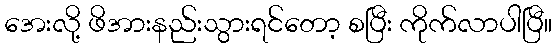
အေးလို့ ဖိအားနည်းသွားရင်တော့ စပြီး ကိုက်လာပါပြီ။